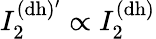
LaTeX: I_{2}^{\mathrm{(dh)^{\prime}}}\propto I_{2}^{\mathrm{(dh)}}